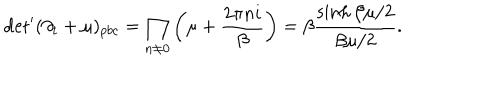
LaTeX: \mathrm { d e t } ^ { \prime } ( \partial _ { t } + \mu ) _ { p b c } = \prod _ { n \neq 0 } \left( \mu + \frac { 2 \pi n i } { \beta } \right) = \beta \frac { \sinh \beta \mu / 2 } { \beta \mu / 2 } .